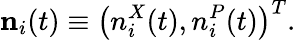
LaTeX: {\mathbf n}_{i}(t)\equiv\big(n_{i}^{X}(t),n_{i}^{P}(t)\big)^{T}.